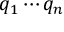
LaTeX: q _ { 1 } \cdots q _ { n }